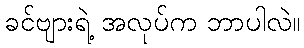
ခင်ဗျားရဲ့ အလုပ်က ဘာပါလဲ။